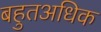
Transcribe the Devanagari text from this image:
बहुतअधिक